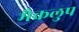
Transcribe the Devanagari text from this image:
मैकलुप